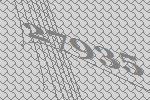
27935